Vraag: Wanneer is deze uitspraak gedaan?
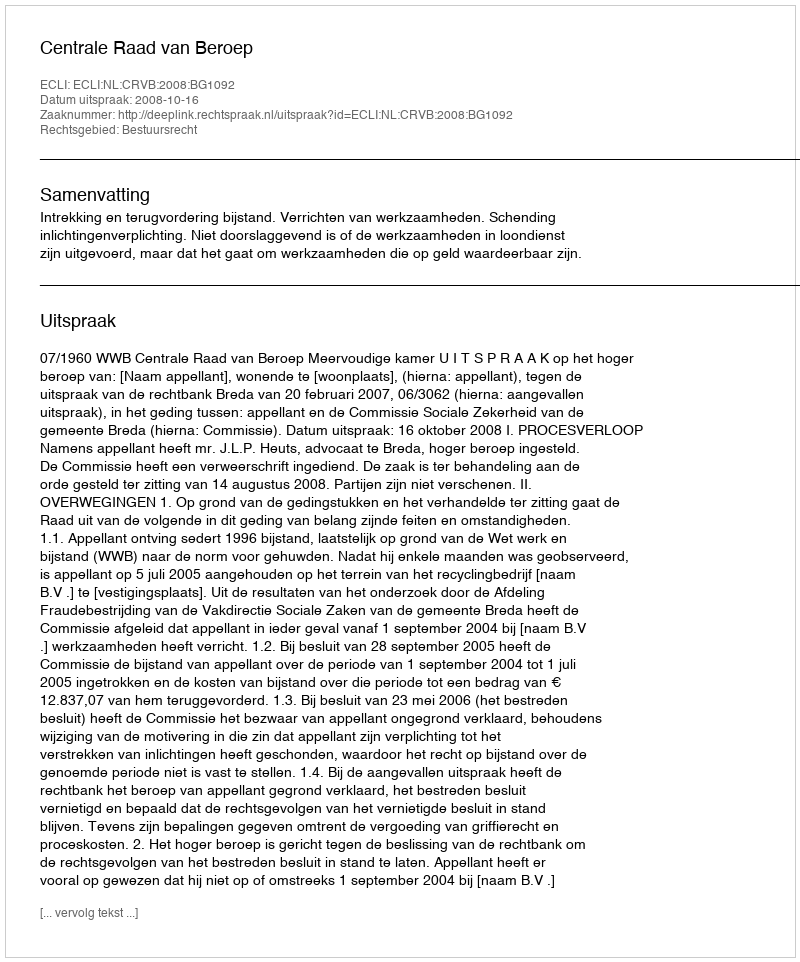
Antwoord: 2008-10-16